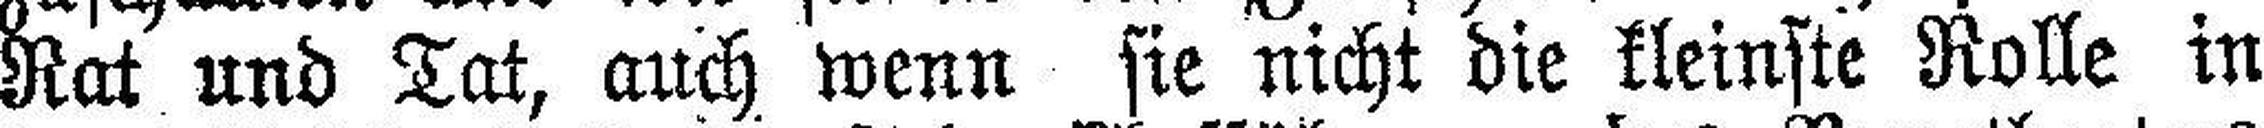
Rat und Tat, auch wenn sie nicht die kleinste Rolle in